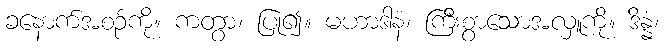
ခနောက်အစဉ်ကို။ ကတွာ၊ ပြု၍။ မဟာဒါနံ၊ ကြီးစွာသောအလှူကို။ ဒိန္နံ၊